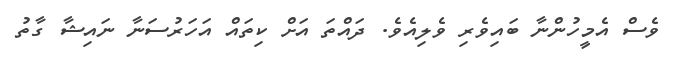
ވެސް އެމީހުންނާ ބައިވެރި ވެލިއެވެ. ދައްތަ އަށް ކިތައް އަހަރުސަނާ ނައިޝާ ގާތު